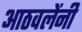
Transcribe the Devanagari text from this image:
आठवलेंनी